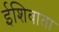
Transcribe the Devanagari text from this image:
ईशिवाता